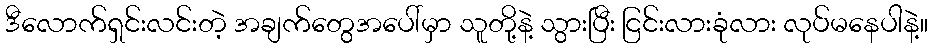
ဒီလောက်ရှင်းလင်းတဲ့ အချက်တွေအပေါ်မှာ သူတို့နဲ့ သွားပြီး ငြင်းလားခုံလား လုပ်မနေပါနဲ့။